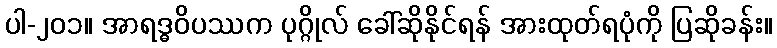
ပါ-၂၀၁။ အာရဒ္ဓဝိပဿက ပုဂ္ဂိုလ် ခေါ်ဆိုနိုင်ရန် အားထုတ်ရပုံကို ပြဆိုခန်း။